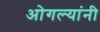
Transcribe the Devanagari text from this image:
ओगल्यांनी